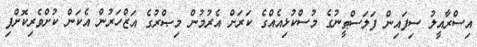
އިސްރާއީލު ސިފައިން ފަލަސްޠީނުގެ މުސްކުޅިއެއްގެ ކަރަށް އެރުމުން މިޞްރުގެ އަޒްހަރުން އެކަން ކުށްވެރިކޮށްފި